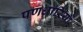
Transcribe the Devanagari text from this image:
पणधारियों